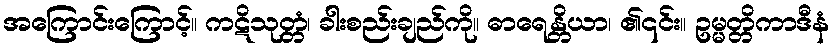
အကြောင်းကြောင့်။ ကဋိသုတ္တံ၊ ခါးစည်းချည်ကို။ ဓာရေန္တိယာ၊ ၏၎င်း။ ဥမ္မတ္တိကာဒီနံ